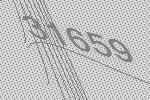
31659